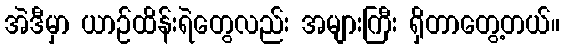
အဲဒီမှာ ယာဉ်ထိန်းရဲတွေလည်း အများကြီး ရှိတာတွေ့တယ်။